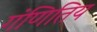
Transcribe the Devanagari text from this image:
गंणितिय